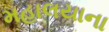
મહાલયાના